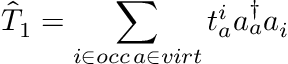
\hat { T } _ { 1 } = \sum _ { \substack { i \in o c c \, a \in v i r t } } t _ { a } ^ { i } a _ { a } ^ { \dagger } a _ { i }